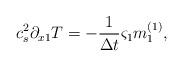
LaTeX: \begin{align*}c_s^2\partial _{x1}T =-\frac{1}{\Delta t} {\varsigma}_1{m}_1 ^{(1)},\end{align*}